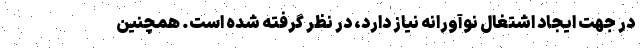
در جهت ایجاد اشتغال نوآورانه نیاز دارد، در نظر گرفته شده است. همچنین